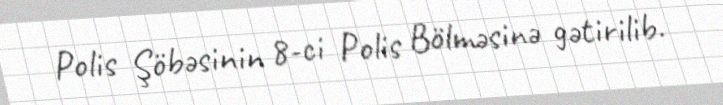
Polis Şöbəsinin 8-ci Polis Bölməsinə gətirilib.